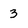
Character: 3